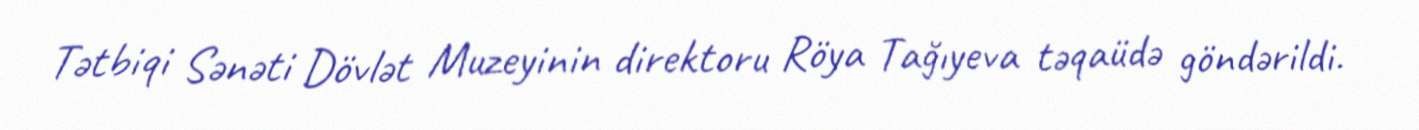
Tətbiqi Sənəti Dövlət Muzeyinin direktoru Röya Tağıyeva təqaüdə göndərildi.